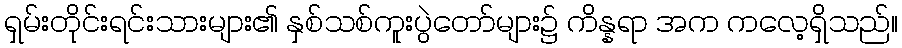
ရှမ်းတိုင်းရင်းသားများ၏ နှစ်သစ်ကူးပွဲတော်များ၌ ကိန္နရာ အက ကလေ့ရှိသည်။